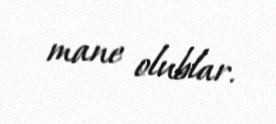
mane olublar.